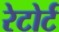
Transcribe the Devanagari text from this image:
रेटोर्ट